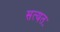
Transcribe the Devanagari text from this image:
सत्यतः